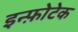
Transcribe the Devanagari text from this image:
इन्फ़ोटेक